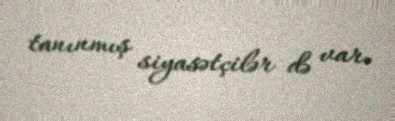
tanınmış siyasətçilər də var.